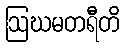
ဩဃမတရီတိ